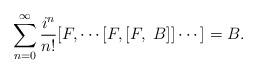
LaTeX: \begin{align*}\sum_{n=0}^{\infty} \frac{i^n}{n!} [F, \cdots [F,[F,~B]] \cdots ] = B.\end{align*}